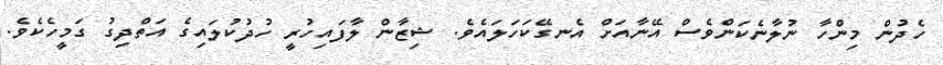
ހެދުން މިންހާ ނުލާނެކަންވެސް އޭނާއަށް އެނގޭކަހަލައެވެ. ޝިޒާން ލާފައިހުރީ ހުދުކުލައިގެ އަތްދިގު ގަމީހެކެވެެ.